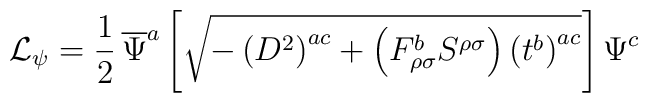
{\cal{L}}_{\psi}=\frac{1}{2}\,\overline{\Psi}^a \left[\sqrt{ -\left(D^2 \right)^{ac}+\left(F_{\rho \sigma}^b S^{\rho \sigma} \right) \left(t^b\right)^{ac} } \right] \Psi^c